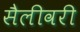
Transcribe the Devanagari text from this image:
सैलीवरी